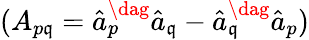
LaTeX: (A_{p\mathfrak{q}}=\hat{{a}}_{p}^{\dag}\hat{{a}}_{\mathfrak{q}}-\hat{{a}}_{\mathfrak{q}}^{\dag}\hat{{a}}_{p})